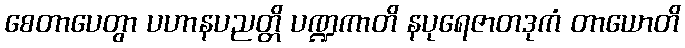
စေတာပေတွာ ပဟာနပညတ္တိ ပဏ္ဍကာတိ နပုရေဇာတဒုကံ တာယောတိ